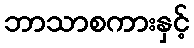
ဘာသာစကားနှင့်